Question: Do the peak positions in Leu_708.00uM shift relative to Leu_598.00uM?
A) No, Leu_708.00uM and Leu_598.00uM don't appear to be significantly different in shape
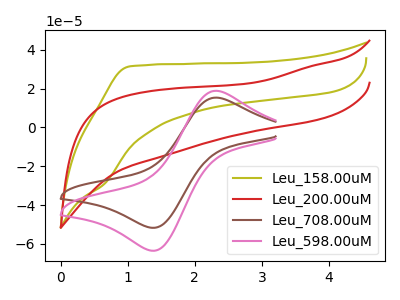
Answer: <think>The olive curve "Leu_158.00uM" has no peaks. The red curve "Leu_200.00uM" has no peaks. The brown curve "Leu_708.00uM" has an anodic peak at (2.35V, 15.35uA) and a cathodic peak at (1.35V, -51.65uA). The pink curve "Leu_598.00uM" has an anodic peak at (2.35V, 18.85uA) and a cathodic peak at (1.35V, -63.45uA).
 All the peaks in "Leu_708.00uM" have a peak in "Leu_598.00uM" at the same potential. Every peak in "Leu_708.00uM" is lower than every peak in "Leu_598.00uM".</think>
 <answer>A) No, "Leu_708.00uM" and "Leu_598.00uM" don't appear to be significantly different in shape</answer>
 <eval>A</eval>